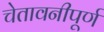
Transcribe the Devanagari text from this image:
चेतावनीपूर्ण